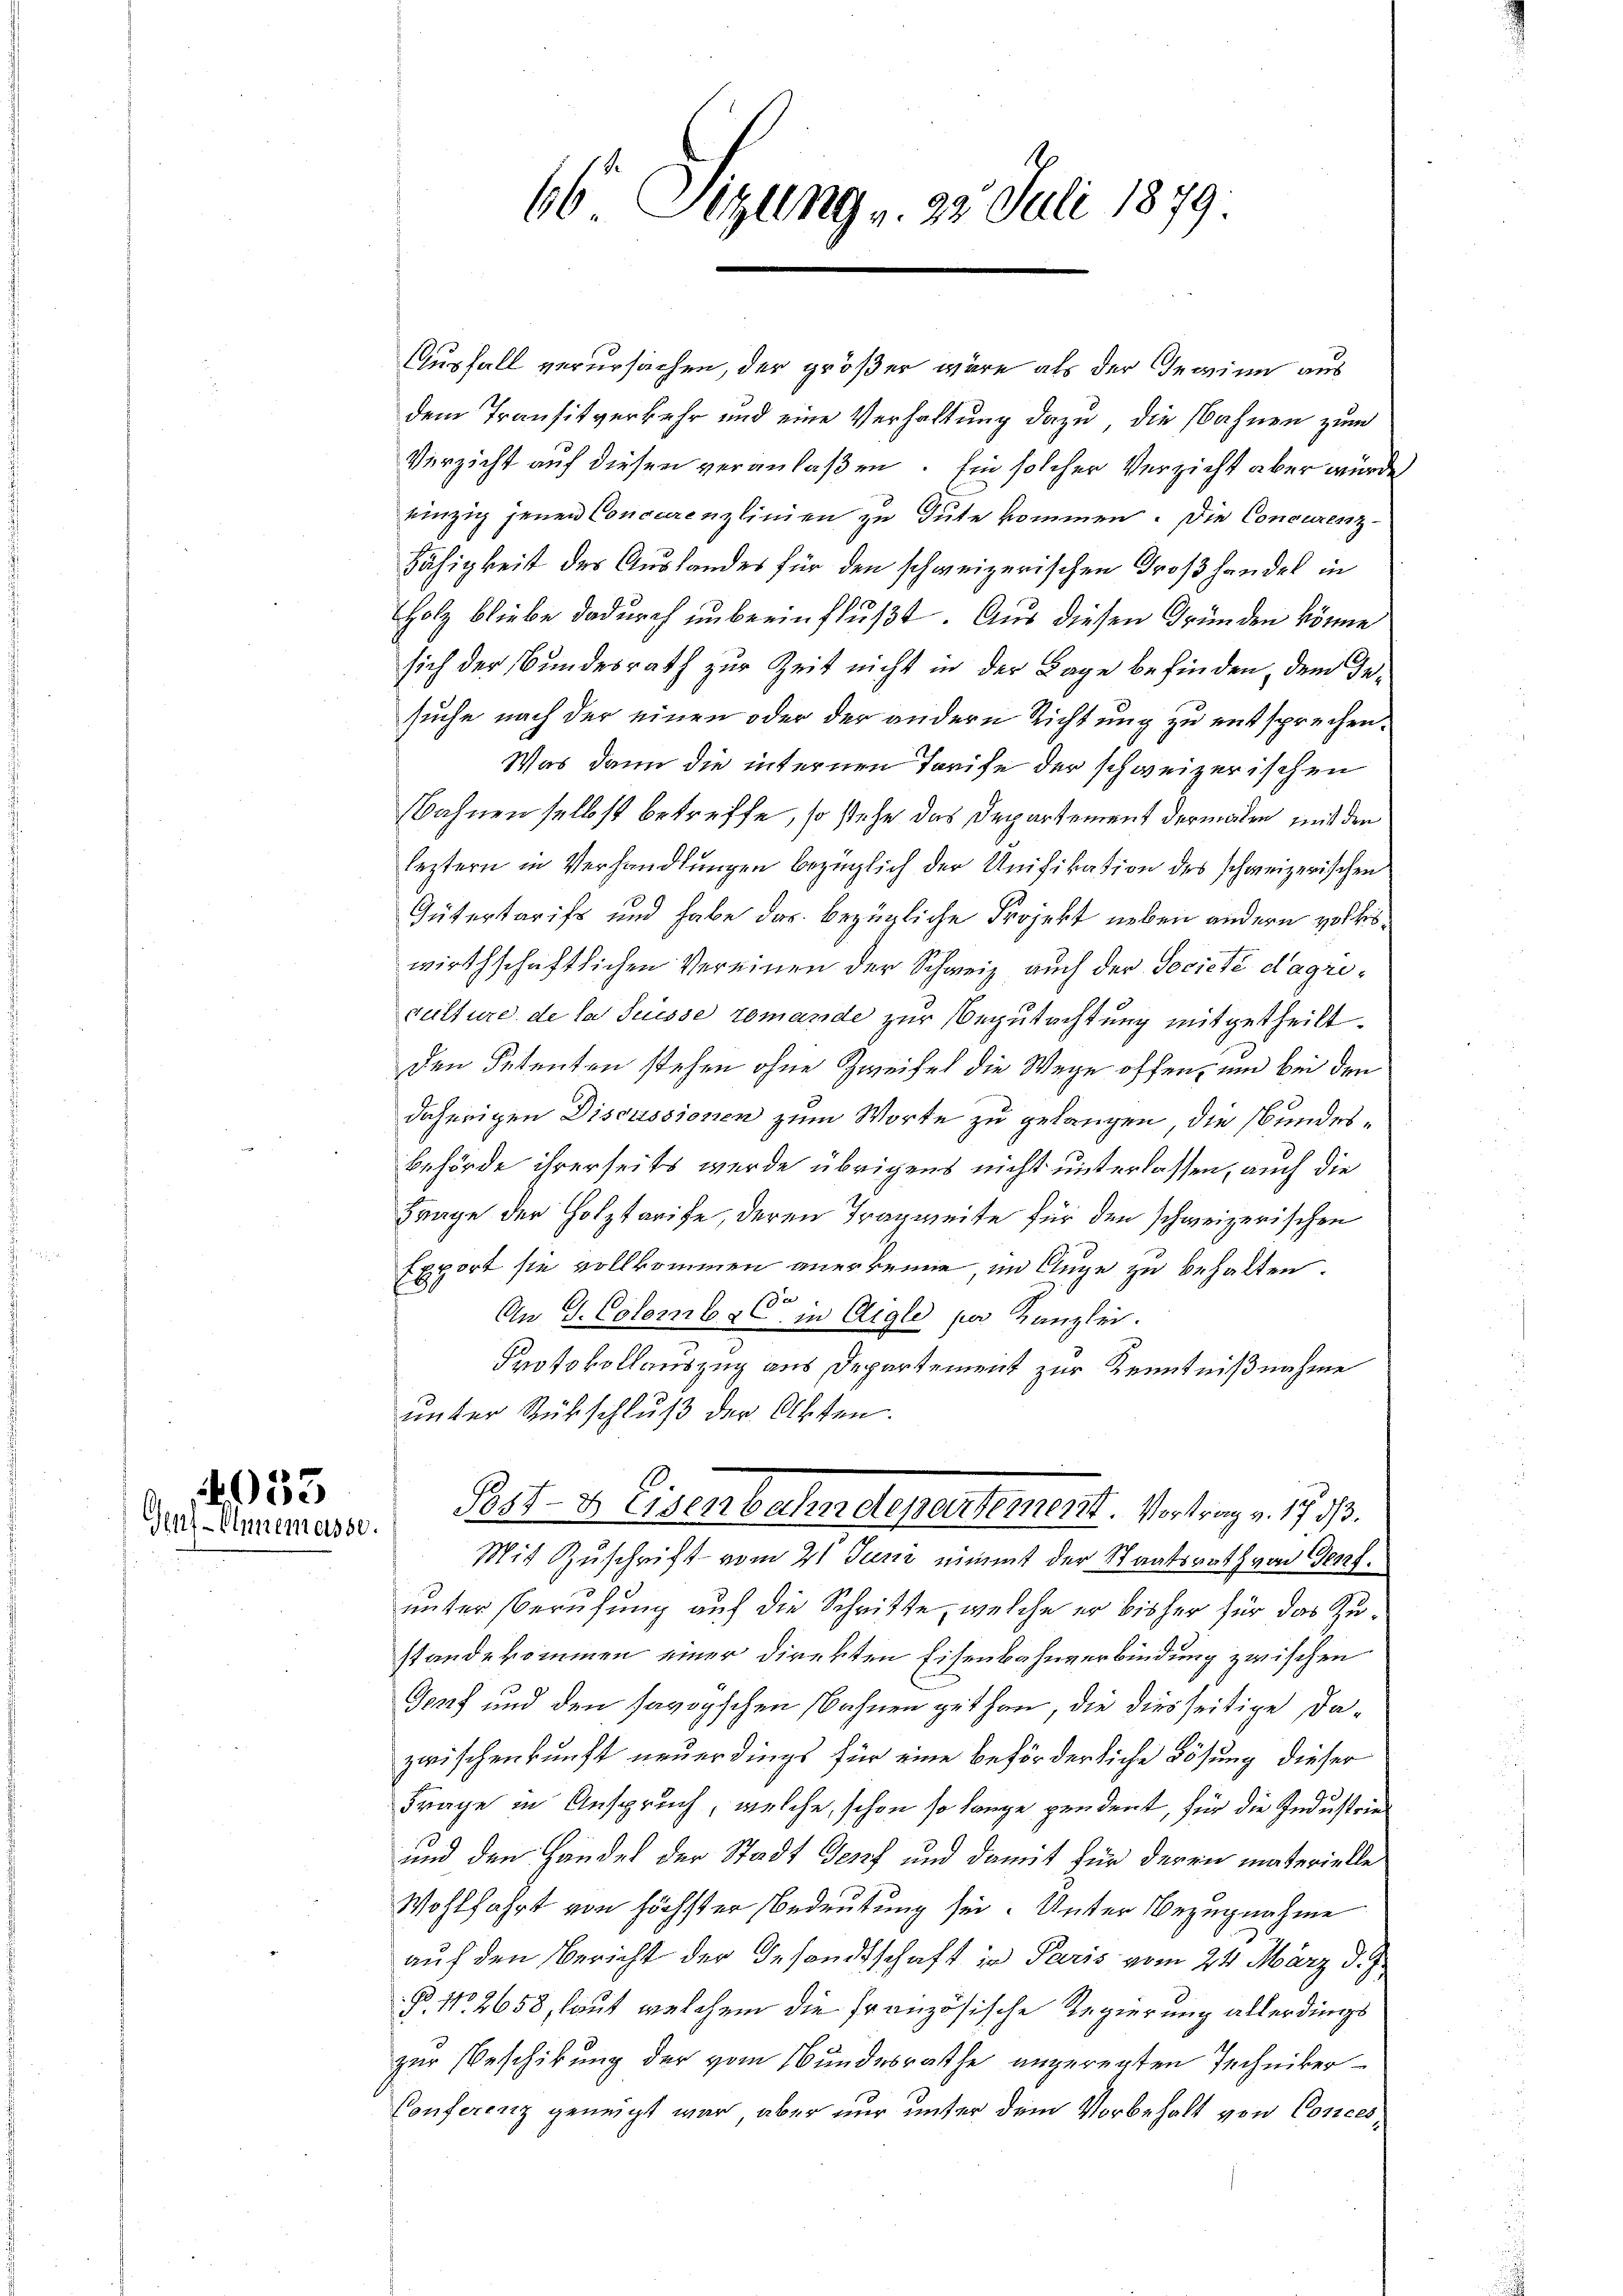
4053
Inf-Annemasse.

66 Sizung v. 22. Juli 1879

Ausfall verursachen, der größer wäre als der Gewinn aus
dem Transitverkehr und eine Verhaltung dazu, die Nahnen zum
Verzicht auf diesen veranlaßen. Ein solcher Verzicht aber wurde
einzig jenen Concurrenzlinien zu Gute kommen. Die Concurenz¬
Fähigkeit des Auslandes für den schweizerischen Großhandel in
Tholz bliebe dadurch unbeeinflußt. Aus diesen Gründen könne
sich der Bundesrath zur Zeit nicht in der Lage befinden, dem Gesuche nach der einen oder der andern Richtung zu entsprechen.
Was dann die internen Tarife der schweizerischen
Bahnen selbst betreffe, so stehe das Departement dermalen mit den
leztern in Verhandlungen bezüglich der Unifikation des schweizerischen
Gütertarifs und habe das bezügliche Projekt neben andern volkswirthschaftlichen Vereinen der Schweiz auch der Societe dagriculture de la Suisse romande zur Begutachtung mitgetheilt.
den Petenten stehen ohne Zweifel die Wege offen, und bei den
daherigen Discussionen zum Worte zu gelangen, die bundes¬
Behörde ihrerseits werde übrigens nicht unterlassen, auch die
Frage der Holztarife, deren Tragweite für den schweizerischen
Export sie vollkommen anerkenne, im Auge zu behalten.
An G. Colombe C in Aigle par Kanzlei.
Protokollauszug aus Departement zur Kenntnißnahme
unter Rückschluß der Akten.
Post- & Eisenbahndepartement. Vortrag v. 17 1/3.
Mit Zuschrift vom 21 Juni einmit der Staatsrath von Genf.
unter Berufung auf die Schritte, welche er bisher für das Zustandekommen einer Direkten Eisenbahnverbindung zwischen
Genf und den savoyischen Bahnen gethan, die diesseitige Dazwischenkunft neuerdings für eine beförderliche Lösung dieser
Frage in Anspruch, welche, schon so lange pendent, für die Industrie¬
und den Handel der Stadt Genf und damit für deren materielle
Wohlfahrt von höchster Bedeutung sei. Unter Bezugnahme
auf den Bericht der Gesandtschaft in Paris vom 24. März d. J.
B. No 2658, laut welchem die französische Regierung allerdings
zur Beschikung der vom Bundesrathe angeregten Techniker-
Conferenz geneigt war, aber nur unter dem Vorbehalt von Conces,